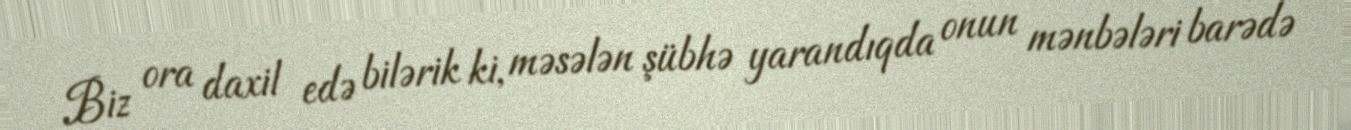
Biz ora daxil edə bilərik ki, məsələn şübhə yarandıqda onun mənbələri barədə